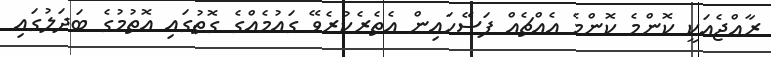
ރާއްޖެއަކީ ކޮންމެ ކޮންމެ އެއްޗެއް ފަސޭހައިން އެތެރެކުރެވޭ ގައުމެއްގެ ގޮތުގައި އޮތުމުގެ ބަދަލުގައި